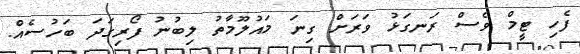
ފެހި ޓީމް ވެސް ރަނގަޅު ވަރަށް ގިނަ މައުލޫމާތު ލިބުނު ފޯރިގަދަ ބަހުސެއް.